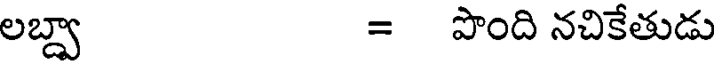
లబ్బా = పొంది నచికేతుడు